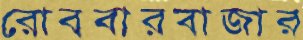
রোববারবাজার